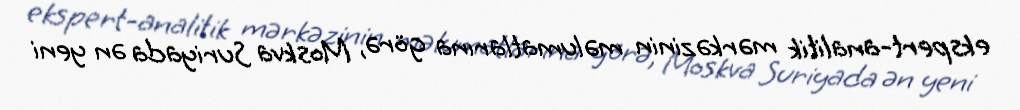
ekspert-analitik mərkəzinin məlumatlarına görə, Moskva Suriyada ən yeni